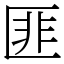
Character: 匪